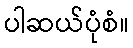
ပါဆယ်ပုံစံ။